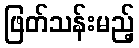
ဖြတ်သန်းမည့်